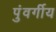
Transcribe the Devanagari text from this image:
पुंवर्गीय